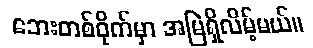
ဘေးတစ်ဝိုက်မှာ အမြဲရှိလိမ့်မယ်။